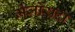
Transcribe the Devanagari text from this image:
मेजोरादा